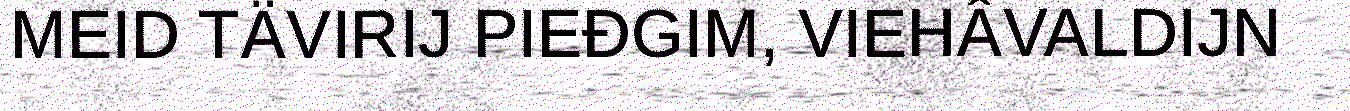
MEID TÄVIRIJ PIEĐGIM, VIEHÂVALDIJN